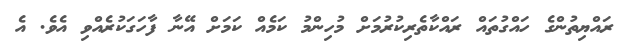
ރައްޔިތުންގެ ހައްގުތައް ރައްކާތެރިކުރުމަށް މުހިންމު ކަމެއް ކަމަށް އޭނާ ފާހަގަކުރެއްވި އެވެ. އެ